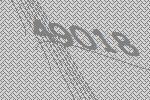
49018